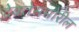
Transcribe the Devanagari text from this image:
देवतेसमोरील